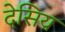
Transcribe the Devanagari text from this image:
देसिय